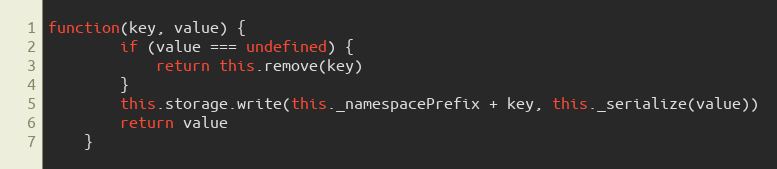
Language: JavaScript
function(key, value) {
		if (value === undefined) {
			return this.remove(key)
		}
		this.storage.write(this._namespacePrefix + key, this._serialize(value))
		return value
	}